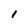
Character: l